Annual report on the working of the mental hospitals in the Madras Presidency - 1912-1932
Year: 1912
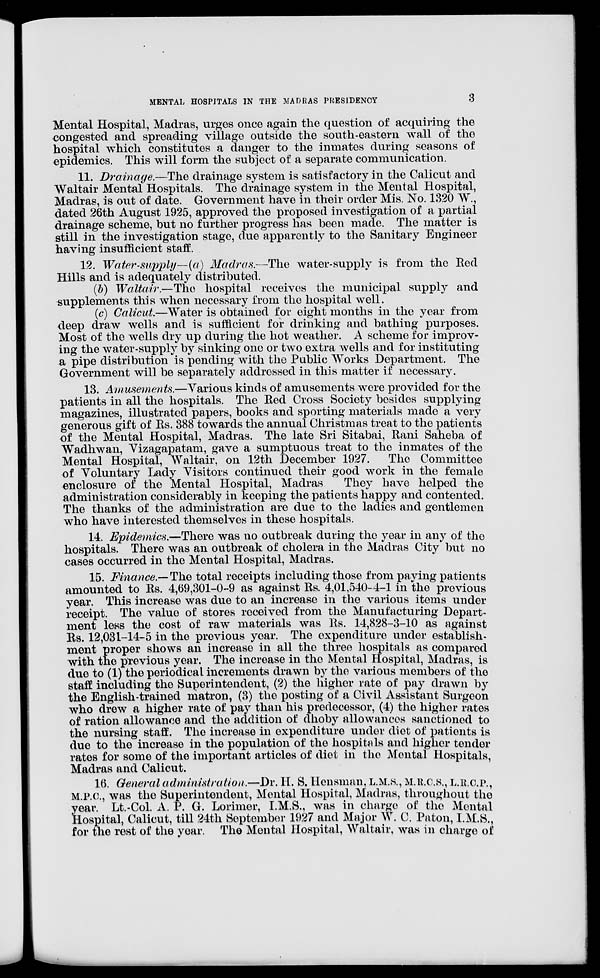
MENTAL HOSPITALS IN THE MADRAS PRESIDENCY
3
Mental Hospital, Madras, urges once again the question of acquiring the
congested and spreading village outside the south-eastern wall of the
hospital which constitutes a danger to the inmates during seasons of
epidemics. This will form the subject of a separate communication.
11. Drainage.—The drainage system is satisfactory in the Calicut and
Waltair Mental Hospitals. The drainage system in the Mental Hospital,
Madras, is out of date. Government have in their order Mis. No. 1320 W.,
dated 26th August 1925, approved the proposed investigation of a partial
drainage scheme, but no further progress has been made. The matter is
still in the investigation stage, due apparently to the Sanitary Engineer
having insufficient staff.
12. Water-supply—(a) Madras.—The water-supply is from the Red
Hills and is adequately distributed.
(b) Waltair.—The hospital receives the municipal supply and
supplements this when necessary from the hospital well.
(c) Calicut.—Water is obtained for eight months in the year from
deep draw wells and is sufficient for drinking and bathing purposes.
Most of the wells dry up during the hot weather. A scheme for improv-
ing the water-supply by sinking one or two extra wells and for instituting
a pipe distribution is pending with the Public Works Department. The
Government will be separately addressed in this matter if necessary.
13. Amusements.—Various kinds of amusements were provided for the
patients in all the hospitals. The Red Cross Society besides supplying
magazines, illustrated papers, books and sporting materials made a very
generous gift of Rs. 388 towards the annual Christmas treat to the patients
of the Mental Hospital, Madras. The late Sri Sitabai, Rani Saheba of
Wadhwan, Vizagapatam, gave a sumptuous treat to the inmates of the
Mental Hospital, Waltair, on 12th December 1927. The Committee
of Voluntary Lady Visitors continued their good work in the female
enclosure of the Mental Hospital, Madras
They have helped the
administration considerably in keeping the patients happy and contented.
The thanks of the administration are due to the ladies and gentlemen
who have interested themselves in these hospitals.
14. Epidemics.—There was no outbreak during the year in any of the
hospitals. There was an outbreak of cholera in the Madras City but no
cases occurred in the Mental Hospital, Madras.
15. Finance.— The total receipts including those from paying patients
amounted to Rs. 4,69,301-0-9 as against Rs. 4,01,540—4—1 in the previous
year. This increase was due to an increase in the various items under
receipt. The value of stores received from the Manufacturing Depart-
ment less the cost of raw materials was Rs. 14,828-3-10 as against
Rs. 12,031—14—5 in the previous year. The expenditure under establish-
ment proper shows an increase in all the three hospitals as compared
with the previous year. The increase in the Mental Hospital, Madras, is
due to (1) the periodical increments drawn by the various members of the
staff including the Superintendent, (2) the higher rate of pay drawn by
the English-trained matron, (3) the posting of a Civil Assistant Surgeon
who drew a higher rate of pay than his predecessor, (4) the higher rates
of ration allowance and the addition of dhoby allowances sanctioned to
the nursing staff. The increase in expenditure under diet of patients is
due to the increase in the population of the hospitals and higher tender
rates for some of the important articles of diet in the Mental Hospitals,
Madras and Calicut.
16. General administration.—Dr. H. S. Hensman, L.M.S., M.R.C.S., L.R.C.P.,
M.P.C., was the Superintendent, Mental Hospital, Madras, throughout the
year. Lt.-Col. A. P. G. Lorimer, I.M.S., was in charge of the Mental
Hospital, Calicut, till 24th September 1927 and Major W. C. Paton, I.M.S.,
for the rest of the year. The Mental Hospital, Waltair, was in charge of